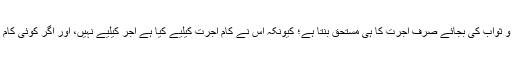
اگر کوئی شخص اجرت کے بدلے میں کوئی کام کرے تو وہ عبادت نہیں رہتا، وہ اجر و ثواب کی بجائے صرف اجرت کا ہی مستحق بنتا ہے؛ کیونکہ اس نے کام اجرت کیلیے کیا ہے اجر کیلیے نہیں، اور اگر کوئی کام معاوضہ لینے کیلیے کیا جائے تو وہ عبادت نہیں رہتا، وہ تو عام پیشے کی طرح ہے۔